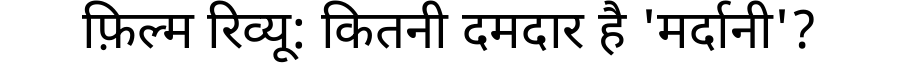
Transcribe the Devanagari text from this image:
फ़िल्म रिव्यू: कितनी दमदार है 'मर्दानी'?